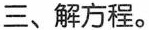
三、解方程。